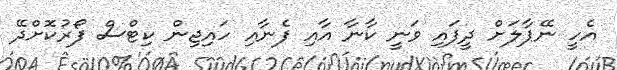
އެހީ ނޭޕާލަށް ދީފައި ވަނީ ކާނާ އާއި ފެނާއި ހައިޖިން ކިޓްސް ފޯރުކޮށްދޭ